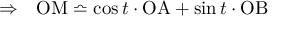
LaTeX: \begin{array} { l l } { \Rightarrow } & { \mathrm { O M } \bumpeq \cos t \cdot \mathrm { O A } + \sin t \cdot \mathrm { O B } } \end{array}